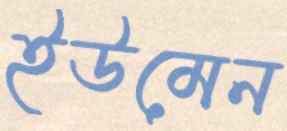
ইউমেন